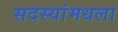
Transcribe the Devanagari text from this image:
सदस्यांमधला